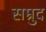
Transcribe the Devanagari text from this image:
सम्रुद